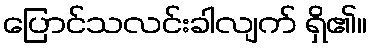
ပြောင်သလင်းခါလျက် ရှိ၏။